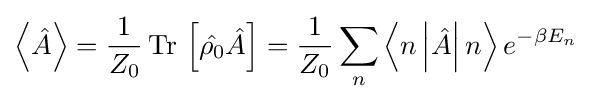
\left\langle {\hat {A}}\right\rangle ={1 \over Z_{0}}\operatorname {Tr} \,\left[{\hat {\rho _{0}}}{\hat {A}}\right]={1 \over Z_{0}}\sum _{n}\left\langle n\left|{\hat {A}}\right|n\right\rangle e^{-\beta E_{n}}